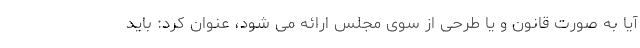
آیا به صورت قانون و یا طرحی از سوی مجلس ارائه می شود، عنوان کرد: باید